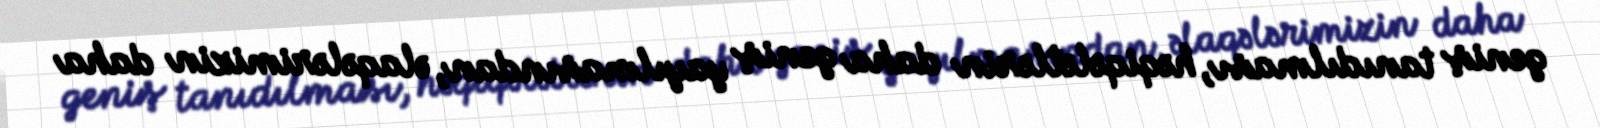
geniş tanıdılması, həqiqələtlərin daha geniş yayılmasından, əlaqələrimizin daha